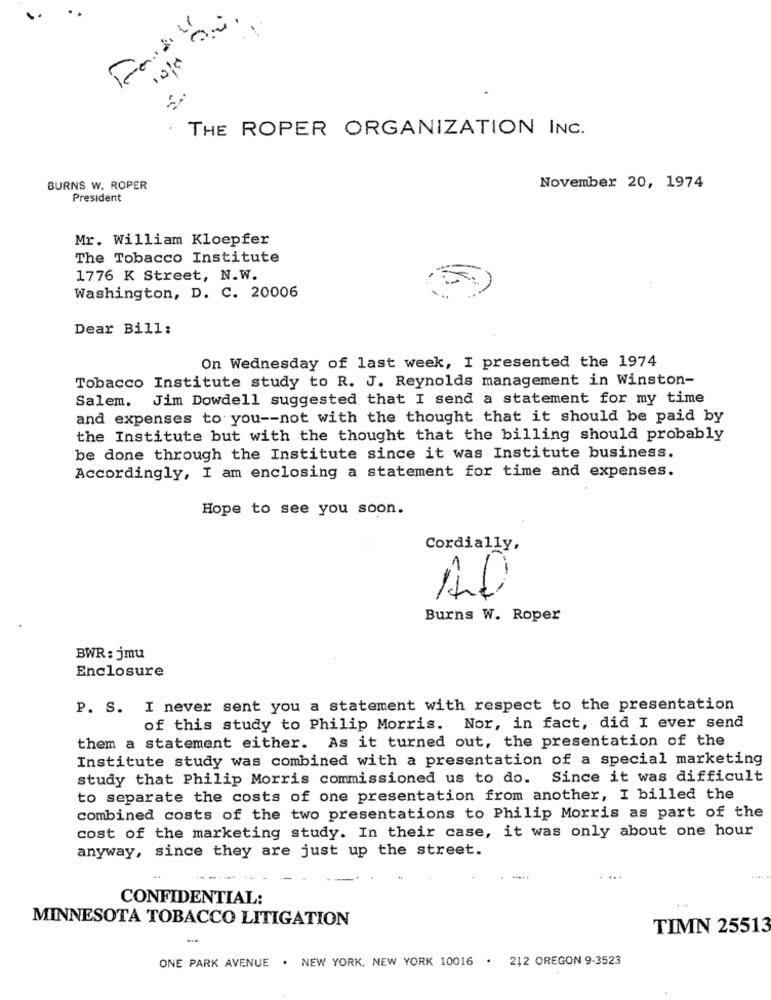
Fratill
10/0
.
THE ROPER ORGANIZATION INC.
BURNS W. ROPER
November 20, 1974
President
Mr. William Kloepfer
The Tobacco Institute
1776 K Street, N.W.
Washington, D. C. 20006
Dear Bill:
On Wednesday of last week, I presented the 1974
Tobacco Institute study to R. J. Reynolds management in Winston-
Salem. Jim Dowdell suggested that I send a statement for my time
and expenses to you -- not with the thought that it should be paid by
the Institute but with the thought that the billing should probably
be done through the Institute since it was Institute business.
Accordingly, I am enclosing a statement for time and expenses.
Hope to see you soon.
Cordially,
Burns W. Roper
BWR: jmu
Enclosure
P. S. I never sent you a statement with respect to the presentation
of this study to Philip Morris. Nor, in fact, did I ever send
them a statement either. As it turned out, the presentation of the
Institute study was combined with a presentation of a special marketing
study that Philip Morris commissioned us to do. Since it was difficult
to separate the costs of one presentation from another, I billed the
combined costs of the two presentations to Philip Morris as part of the
cost of the marketing study. In their case, it was only about one hour
anyway, since they are just up the street.
CONFIDENTIAL:
MINNESOTA TOBACCO LITIGATION
TIMN 25513
ONE PARK AVENUE . NEW YORK, NEW YORK 10016 . 212 OREGON 9-3523